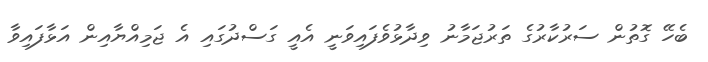
ބެހޭ ގޮތުން ސަރުކާރުގެ ތަރުޖަމާނު ވިދާޅުވެފައިވަނީ އެއީ ގަސްދުގައި އެ ޖަމިއްޔާއިން އަޅާފައިވާ